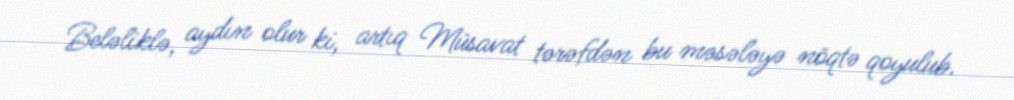
Beləliklə, aydın olur ki, artıq Müsavat tərəfdən bu məsələyə nöqtə qoyulub.